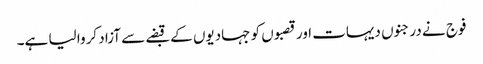
فوج نے درجنوں دیہات اور قصبوں کو جہادیوں کے قبضے سے آزاد کروا لیا ہے۔